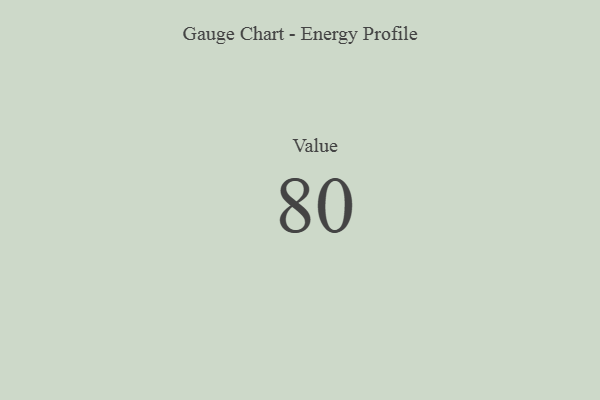
{"axis": {"x": "Metric", "y": "Value"}, "legend": [""], "data": [{"x": "Value", "y": 80, "type": ""}]}